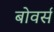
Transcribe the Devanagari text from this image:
बोवर्स